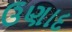
ઉણાદ